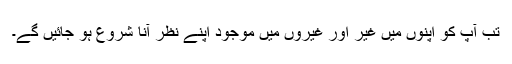
تب آپ کو اپنوں میں غیر اور غیروں میں موجود اپنے نظر آنا شروع ہو جائیں گے۔